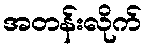
အတန်းလိုက်